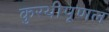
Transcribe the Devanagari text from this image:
कुरथीपूणल